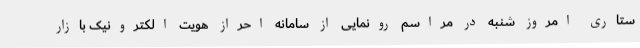
ستاری امروز شنبه در مراسم رونمایی از سامانه احراز هویت الکترونیک بازار